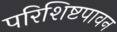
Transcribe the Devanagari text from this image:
परिशिष्टपावन